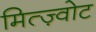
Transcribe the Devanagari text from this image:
मित्ज़्वोट